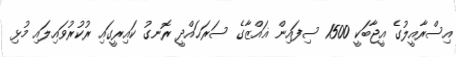
އިސްރާއީލުގެ އީޖާބަކީ 1500 ސިފައިން ޣައްޒާގެ ސަރަޙައްދީ ރޮނގު ކައިރީގައި ރުކުރުވައިލައި މުޅި